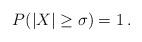
LaTeX: \begin{align*}P(|X|\ge\sigma)=1\,.\end{align*}